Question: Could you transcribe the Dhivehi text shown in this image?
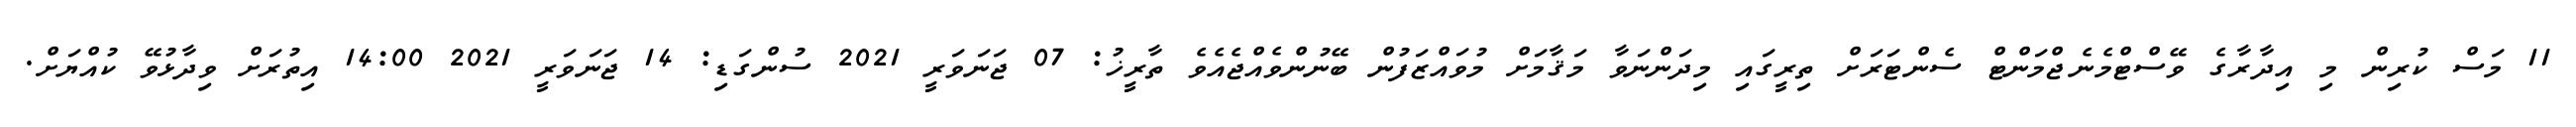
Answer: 11 މަސް ކުރިން މި އިދާރާގެ ވޭސްޓްމެނެޖްމަންޓް ސެންޓަރަށް ތިރީގައި މިދަންނަވާ މަޤާމަށް މުވައްޒަފުން ބޭނުންވެއްޖެއެވެ ތާރީޚު: 07 ޖަނަވަރީ 2021 ސުންގަޑި: 14 ޖަނަވަރީ 2021 14:00 އިތުރަށް ވިދާޅުވޭ ކުއްޔަށް.